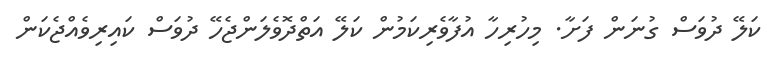
ކަލޭ ދުވަސް ގުނަން ފަށާ. މިހުރިހާ އުފާވެރިކަމުން ކަލޭ އަތްދޮވެލަންޖެހޭ ދުވަސް ކައިރިވެއްޖެކަން